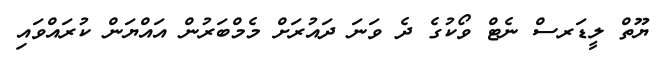
ޔޫތް ލީޑަރސް ނެޓް ވޯކުގެ ދެ ވަނަ ދައުރަށް މެމްބަރުން އައްޔަން ކުރައްވައި